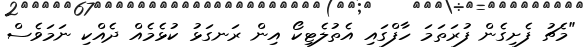
"މެޗު ފެށިގެން ފުރަތަމަ ހާފްގައި އެތުލެޓިކޯ އިން ރަނގަޅު ކުޅެމެއް ދެއްކި ނަމަވެސް